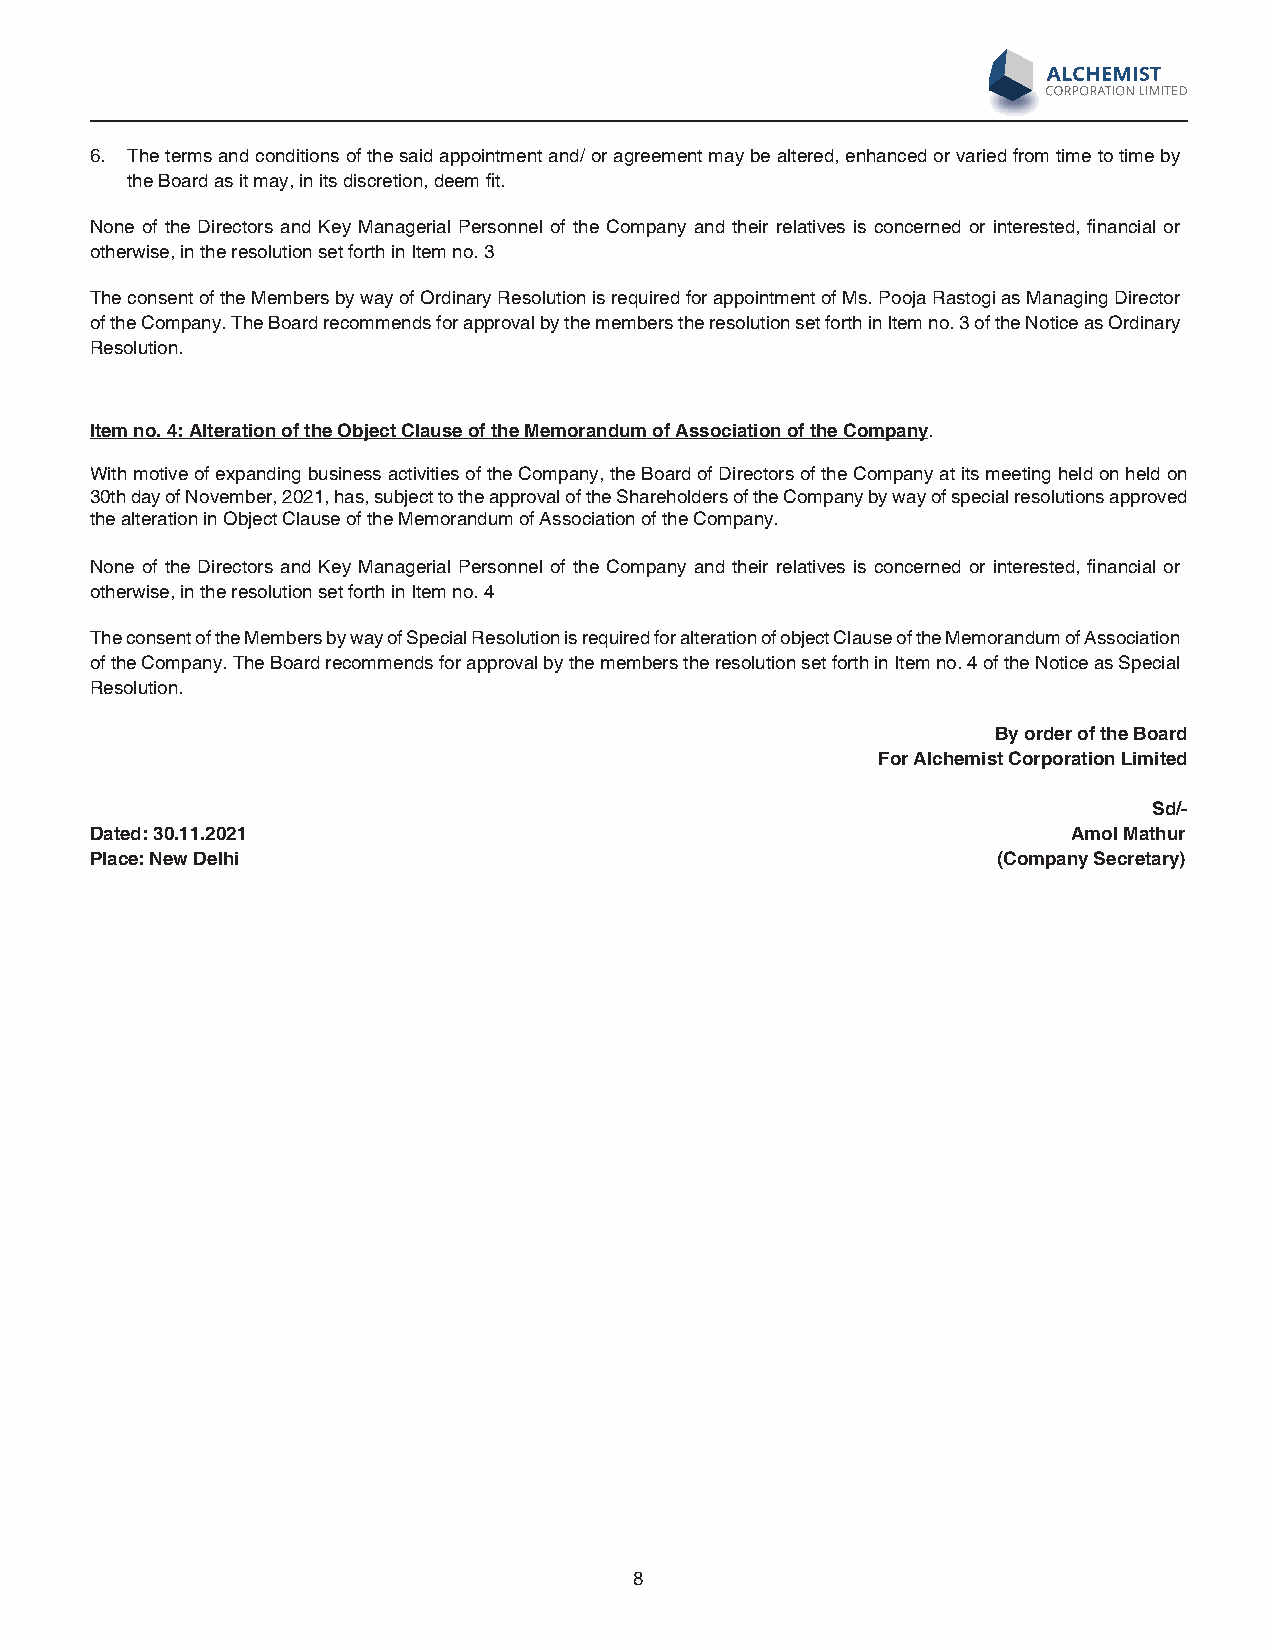
6. The terms and conditions of the said appointment and/ or agreement may be altered, enhanced or varied from time to time by
 the Board as it may, in its discretion, deem fit.
 None of the Directors and Key Managerial Personnel of the Company and their relatives is concerned or interested, financial or
 otherwise, in the resolution set forth in Item no. 3
 The consent of the Members by way of Ordinary Resolution is required for appointment of Ms. Pooja Rastogi as Managing Director
 of the Company. The Board recommends for approval by the members the resolution set forth in Item no. 3 of the Notice as Ordinary
 Resolution.
 Item no. 4: Alteration of the Object Clause of the Memorandum of Association of the Company.
 With motive of expanding business activities of the Company, the Board of Directors of the Company at its meeting held on held on
 30th day of November, 2021, has, subject to the approval of the Shareholders of the Company by way of special resolutions approved
 the alteration in Object Clause of the Memorandum of Association of the Company.
 None of the Directors and Key Managerial Personnel of the Company and their relatives is concerned or interested, financial or
 otherwise, in the resolution set forth in Item no. 4
 The consent of the Members by way of Special Resolution is required for alteration of object Clause of the Memorandum of Association
 of the Company. The Board recommends for approval by the members the resolution set forth in Item no. 4 of the Notice as Special
 Resolution.
 By order of the Board
 For Alchemist Corporation Limited
 Sd/-
 Dated: 30.11.2021                                                Amol Mathur
 Place: New Delhi                                            (Company Secretary)
 8